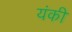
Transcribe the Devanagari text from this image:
यंकी